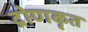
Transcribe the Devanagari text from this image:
द्रोणकृत